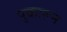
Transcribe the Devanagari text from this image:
पुकारून